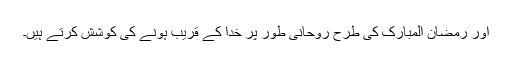
اور رمضان المبارک کی طرح روحانی طور پر خدا کے قریب ہونے کی کوشش کرتے ہیں۔